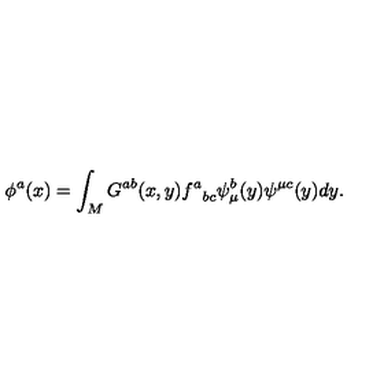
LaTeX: \phi ^ { a } ( x ) = \int _ { M } G ^ { a b } ( x , y ) { f ^ { a } } _ { b c } \psi _ { \mu } ^ { b } ( y ) \psi ^ { \mu c } ( y ) d y .